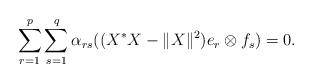
LaTeX: \begin{align*}\sum_{r=1}^p \sum_{s=1}^q \alpha_{rs} ((X^*X-\|X\|^2) e_r\otimes f_s)=0.\end{align*}